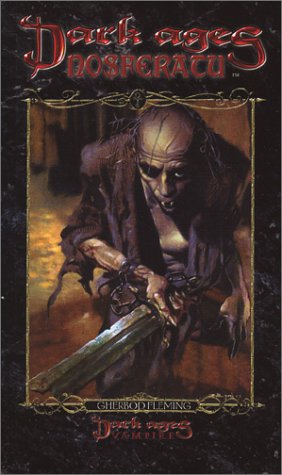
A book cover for Nosferatu (Dark Ages, Clan Novel #1); Gherbod Fleming; Science Fiction & Fantasy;